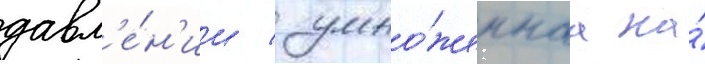
давл'е́н'ии / умно́женнаа на́